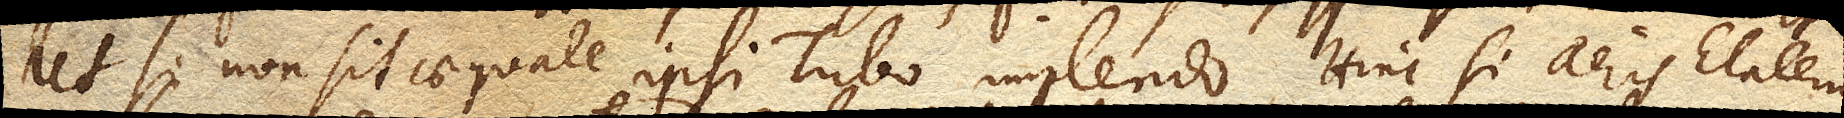
ut si non sit aequale ipsi Tubo implendo. Hinc si aeris Elaterium